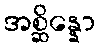
အစ္ဆိန္နော